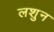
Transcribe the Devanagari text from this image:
लशुन